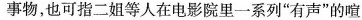
事物，也可指二姐等人在电影院里一系列“有声”的喧